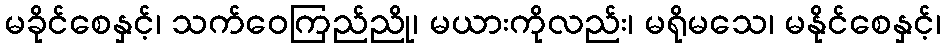
မခိုင်စေနှင့်၊ သက်ဝေကြည်ညို၊ မယားကိုလည်း၊ မရိုမသေ၊ မနိုင်စေနှင့်၊